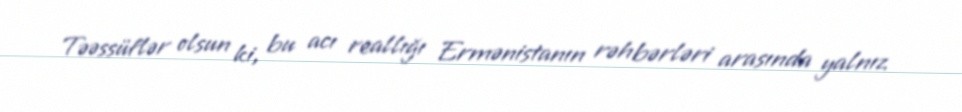
Təəssüflər olsun ki, bu acı reallığı Ermənistanın rəhbərləri arasında yalnız